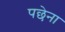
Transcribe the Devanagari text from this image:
पछेना